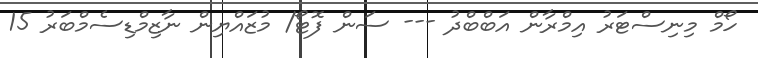
ހޯމް މިނިސްޓަރު އިމްރާން އަބްބްދު --- ސަން ފޮޓޯ/ މުޒައްޔިން ނާޒިމްޑިސެމްބަރު 15